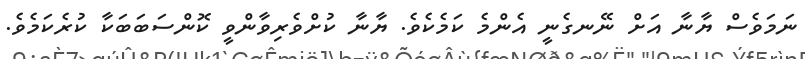
ނަމަވެސް ޔާނާ އަށް ނޭނގެނީ އެންމެ ކަމެކެވެ. ޔާނާ ކުށްވެރިވާންވީ ކޮންސަބަބަކާ ކުރެކަމެވެ.